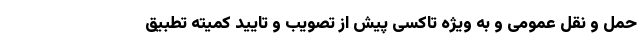
حمل و نقل عمومی و به ویژه تاکسی پیش از تصویب و تایید کمیته تطبیق